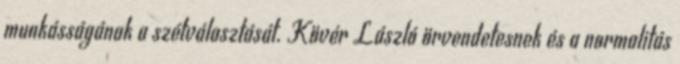
munkásságának a szétválasztását. Kövér László örvendetesnek és a normalitás